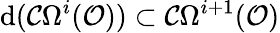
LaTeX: {\mathrm{d}}({\mathcal{C}}\Omega^{i}({\mathcal{O}}))\subset{\mathcal{C}}\Omega^{i+1}({\mathcal{O}})